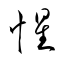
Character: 惺